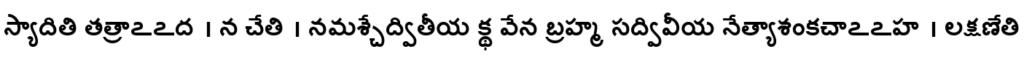
స్యాదితి తత్రాఽఽద । న చేతి । నమశ్చేద్వితీయ క్థ వేన బ్రహ్మ సద్వివీయ నేత్యాశంకచాఽఽహ । లక్షణేతి